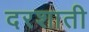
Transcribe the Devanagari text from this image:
दरशाती